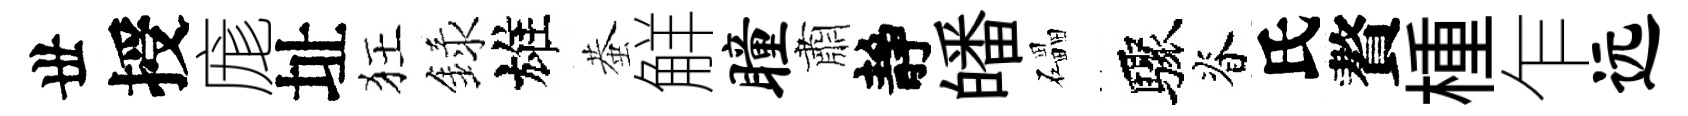
丗授庬址狂録雄蛬觧瞳肅靜皤礧驟脊氏贅㮔乍远